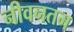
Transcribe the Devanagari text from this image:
नीवनतम